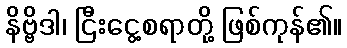
နိဗ္ဗိဒါ၊ ငြီးငွေ့စရာတို့ ဖြစ်ကုန်၏။